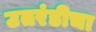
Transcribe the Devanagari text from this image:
उतरंडीचा